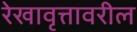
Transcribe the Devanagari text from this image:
रेखावृत्तावरील